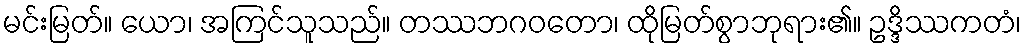
မင်းမြတ်။ ယော၊ အကြင်သူသည်။ တဿဘဂဝတော၊ ထိုမြတ်စွာဘုရား၏။ ဥဒ္ဒိဿကတံ၊